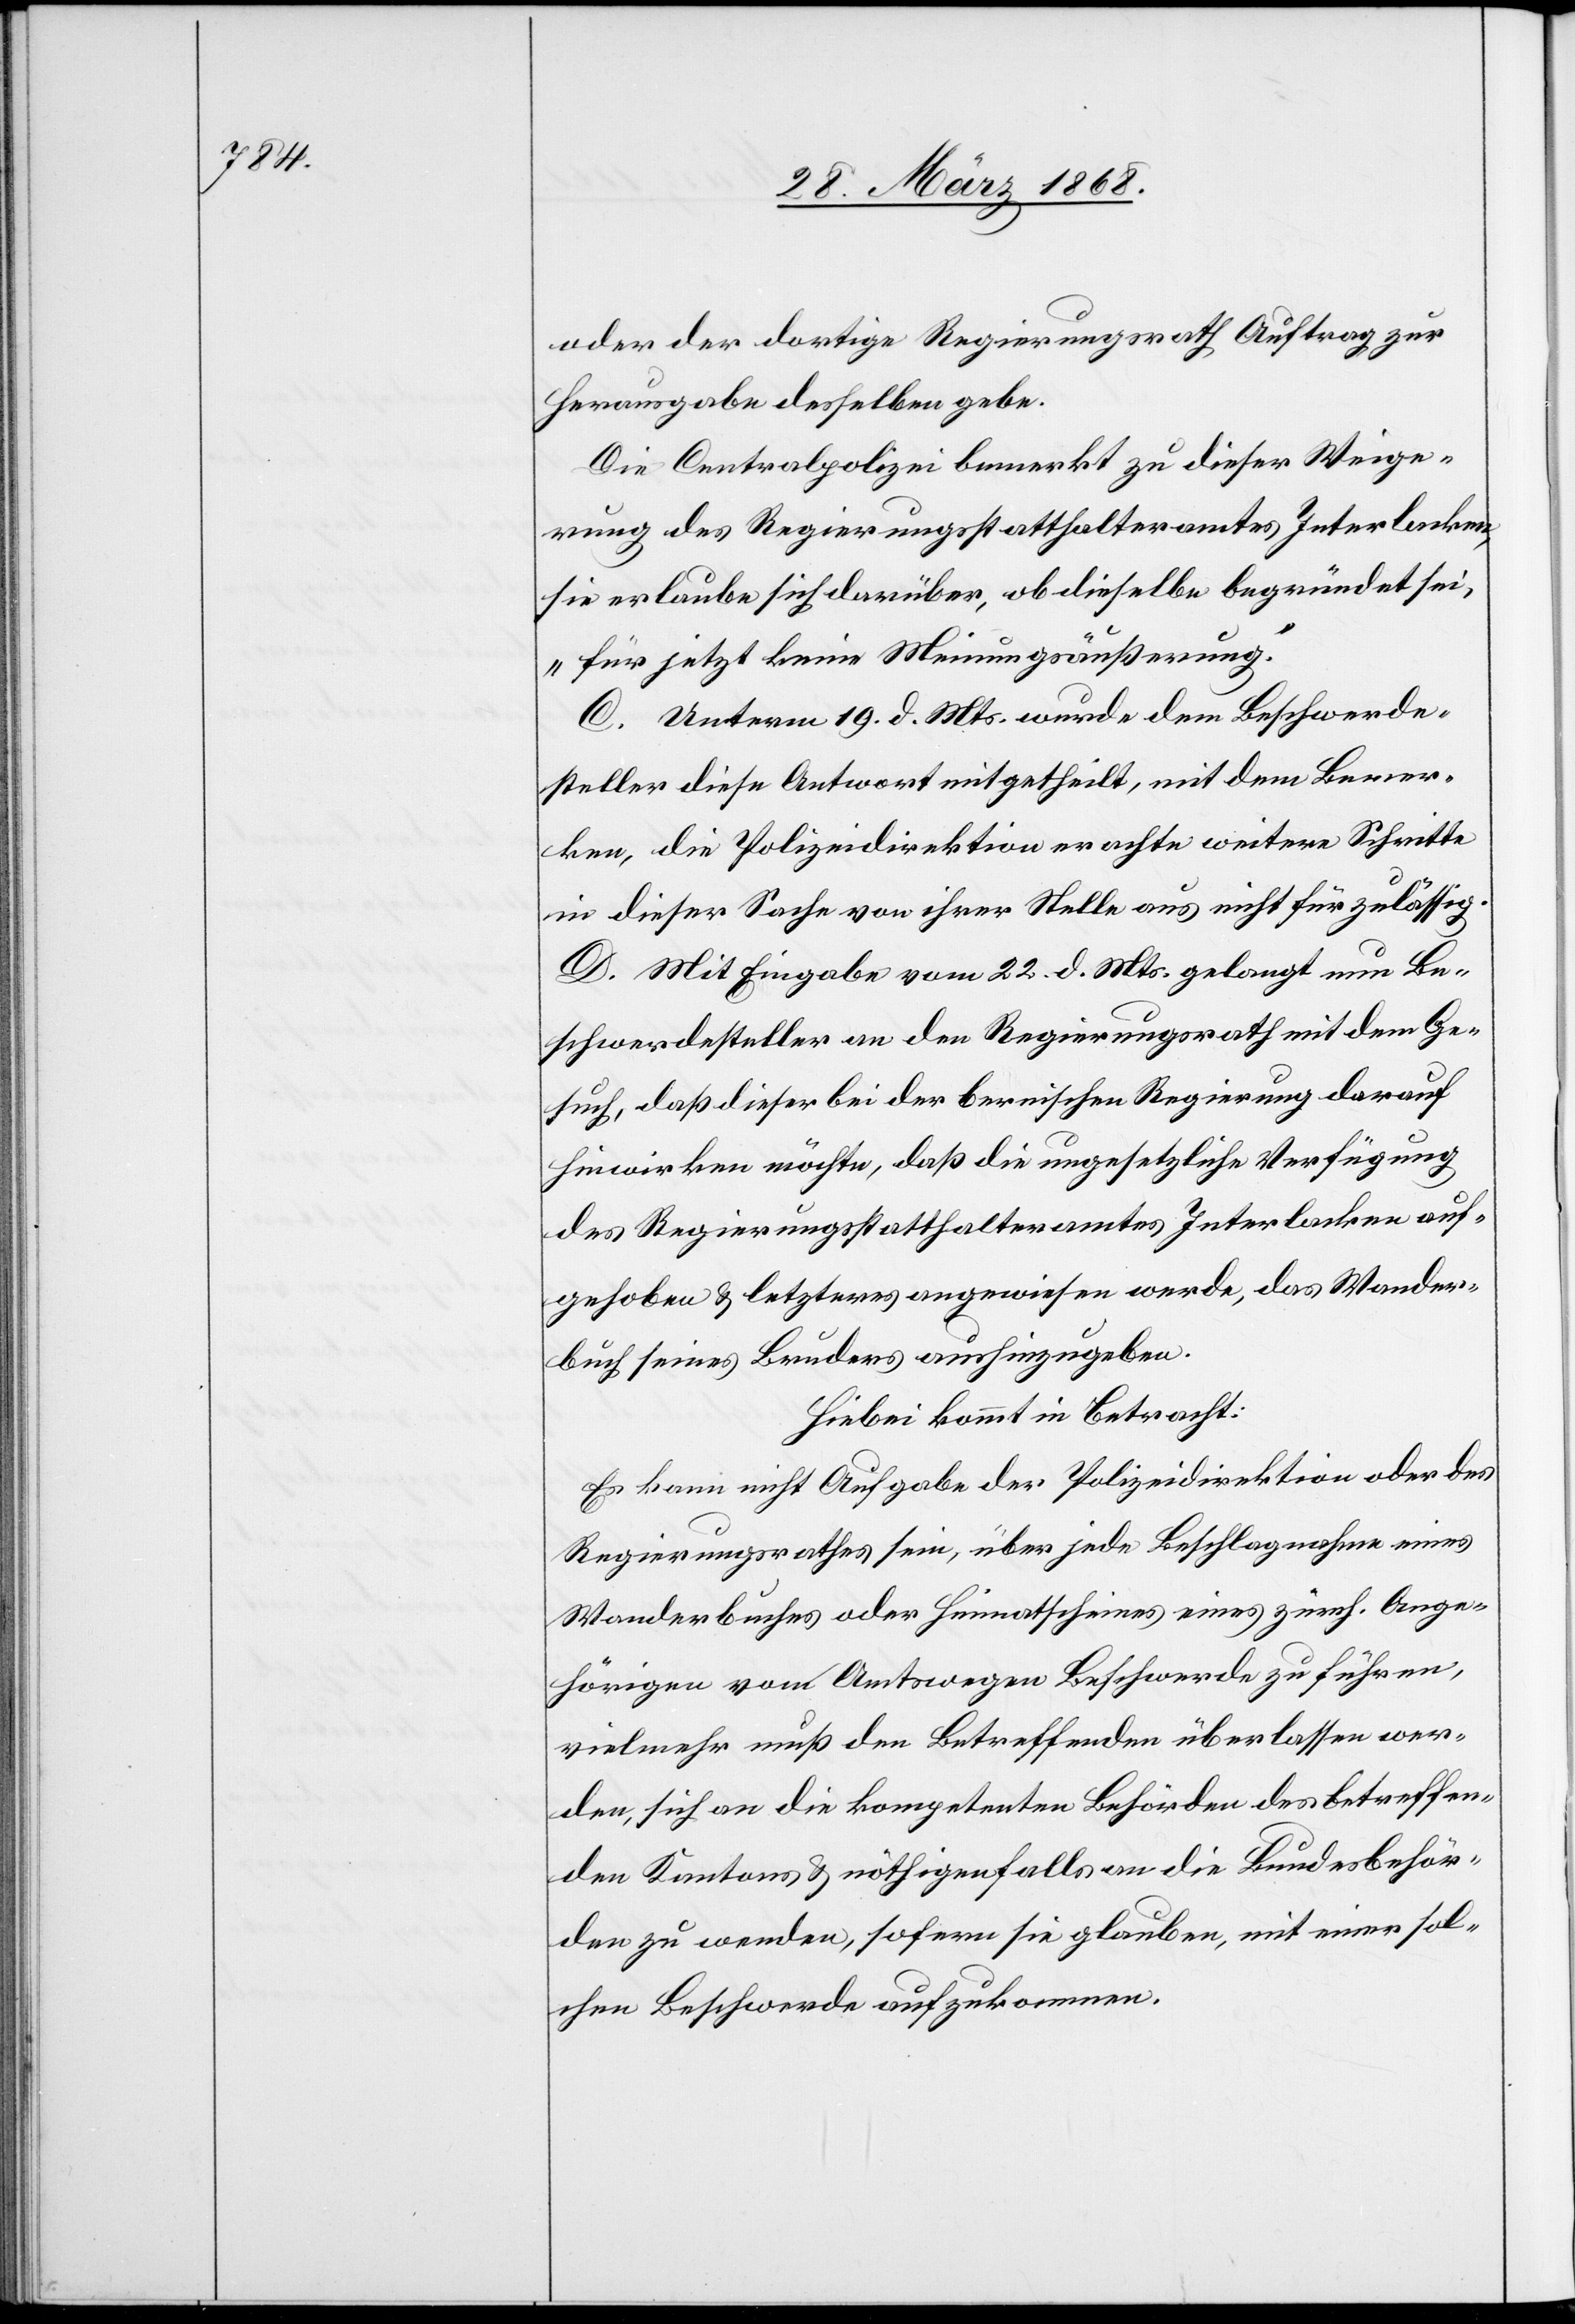
oder der dortige Regierungsrath Auftrag zur
Herausgabe desselben gebe.
Die Centralpolizei bemerkt zu dieser Weige¬
rung des Regierungsstatthalteramtes Interlacken,
sie erlaube sich darüber, ob dieselbe begründet sei,
„für jetzt keine Meinungsäußerung.“
C. Unterm 19. d. Mts. wurde dem Beschwerde¬
steller diese Antwort mitgetheilt, mit dem Bemer¬
ken, die Polizeidirektion erachte weitere Schritte
in dieser Sache von ihrer Stelle aus nicht für zulässig.
D. Mit Eingabe vom 22. d. Mts. gelangt nun Be¬
schwerdesteller an den Regierungsrath mit dem Ge¬
such, daß dieser bei der bernischen Regierung darauf
hinwirken möchte, daß die ungesetzliche Verfügung
des Regierungsstatthalteramtes Interlacken auf¬
gehoben & letzteres angewiesen werde, das Wander¬
buch seines Bruders aushinzugeben.
Hiebei kommt in Betracht:
Es kann nicht Aufgabe der Polizeidirektion oder des
Regierungsrathes sein, über jede Beschlagnahme eines
Wanderbuches oder Heimatscheines eines zürch. Ange¬
hörigen von Amtswegen Beschwerde zu führen,
vielmehr muß den Betreffenden überlassen wer¬
den, sich an die kompetenten Behörden des betreffen¬
den Kantons & nöthigenfalls an die Bundesbehör¬
den zu wenden, sofern sie glauben, mit einer sol¬
chen Beschwerde aufzukommen.